Rapla_vallavalitsus, lk 25
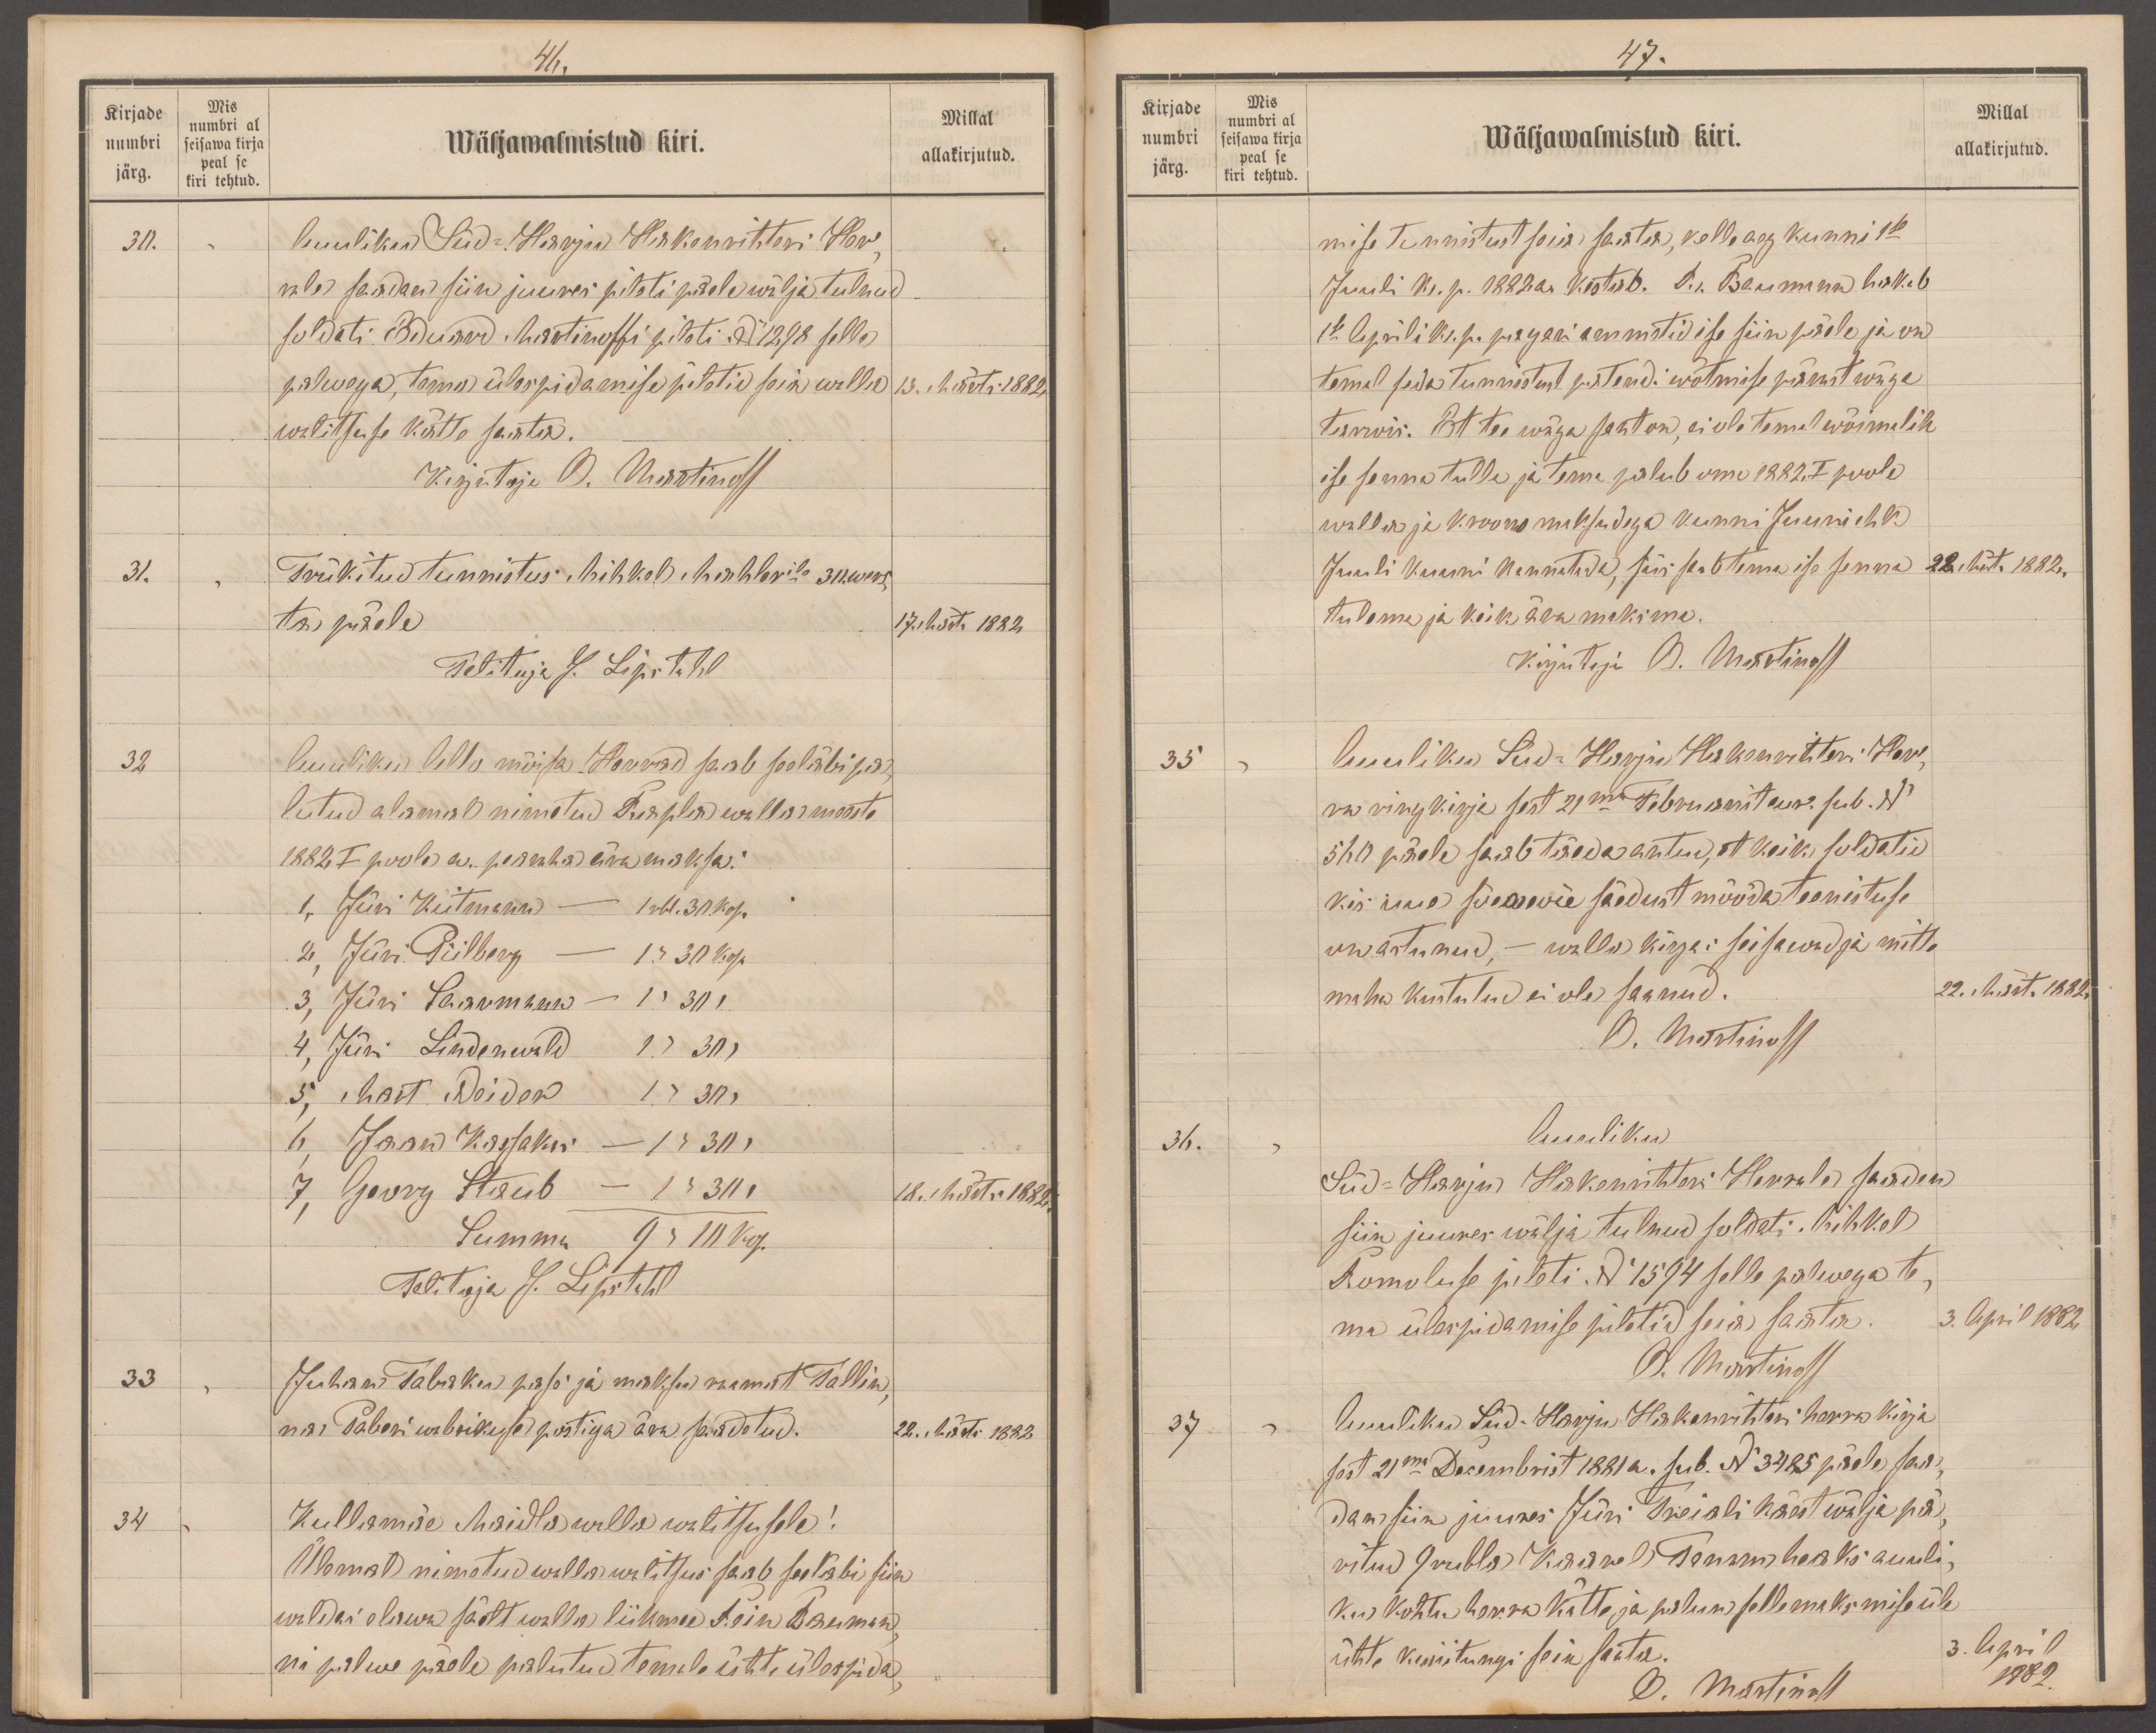
46.
Kirjade
Millal
Mis
numbri al
numbri
Wäljawalmistud kiri.
seisawa kirja
peal se
allakirjutud.
järg.
kiri tehtud.
30.
Auuliku Süd=Harju Hakenrihteri Her-
rale saadan siin juures pileti päele wälja tulnud
soldati Eduard Martinoffi pileti No1298 selle
palwega, tema ülespidamise piletid seia walla
13. Märts 1882.
walitsuse kätte saata.
Kirjutaja O. Martinoff
31.
Trükitud tunnistus Mihkel Mahlerile 30.wers
ta päele
17.Märts 1882
Teitaja J. Lipstahl
32
Auuliku Allo mõisa Herrad saab seeläbi pa
lutud alamal nimetud Rapla walla meeste
1882. I poole a. pearaha ära maksta.
1, Jüri Kiitmann - 1 rbl. 30 kop.
2, Jüri Piilberg - 1 " 30 kop.
3, Jüri Saarmann - 1" 30 "
4, Jüri Lindenwald -1" 30 "
5, Mart Neider - 1" 30 "
6, Jaan Kassakas - 1" 30 "
7, Georg Staub - 1" 30 "
18. Märts 1882.
Summa 9 " 10 kop
Talitaja J. Lipstahl
33
Juhan Tabaku pass ja maksu raamat Tallin-
na Paberi wabrikuse postiga ära saadetud.
22. Märts 1882
34
Kullamäe Maidla walla walitsusele!
Ülemal nimetud walla walitsus saab seeläbi siin
waldas elawa säelt walla liikmed Rein Bauman
ni palwe päele palutud temale ühte ülespida

47.
Kirjade
Mis
numbri al
numbri
Millal
seisawa kirja
Wäljawalmistud kiri.
allakirjutud.
järg.
peal se
kiri tehtud.
mise tunnistust seia saata, kelle aeg kunni 1se
Juuli k. p. 1882.a. kestab. R. Baumann hakab
1se Aprili k. p. pagari ammetid ise siin päele ja on
temel seda tunnistust patendi wõtmise pärast wäga
tarwis. Et tee wäga sant on, ei ole temal wõimalik
ise senna tulla ja tema palub oma 1882.I poole
walla ja kroono maksudega kunni Juuni ehk
Juuli kuuni kannatade, siis saab tema ise senna
22. Märts 1882.
tulema ja kõik ära maksma.
Kirjutaja O. Martinoff
35.
Auuliku Süd=Harju Hakenrihteri Her,
ra ringkirja sest 21ma Februaris e us. sub. No
560 järele saab täeda antud, et kõik soldatid
kes uue sõeawäe säedust mööda teenistuse
on astunud - walla kirjas seisawad ja mitte
maha kustutud ei ole saanud.
22. Märts 1882.
O. Martinoff
36.
Auuliku
Süd-Harju Hakenrihteri Herrale saadan
siin juures wälja tulnud soldati Mihkel
Romoluse pileti. No 1594 selle palwega te-
ma ülespidamise piletid seia saata
3. April 1882.
O. Martinoff
37
AuulikuSüd-Harju Hakenrihteri Herra kirja
sest 21ma Decembrist 1881 a. sub. No 3485 päele saa
dan siin juures Jüri Treiali käest wälja pä-
ritud 9 rubla Kaarel Tamme heaks auuli-
ku kohtu herra kätte ja palun selle maksmise üle
ühte kinnitungi seia saata.
3. April
O. Martinoff
1882